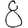
Digit: 8